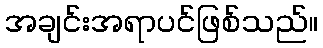
အချင်းအရာပင်ဖြစ်သည်။